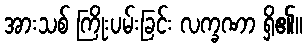
အားသစ် ကြိုးပမ်းခြင်း လက္ခဏာ ရှိ၏။